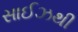
સાઈઝથી